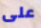
على